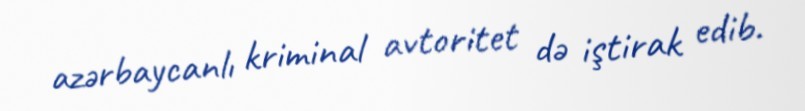
azərbaycanlı kriminal avtoritet də iştirak edib.